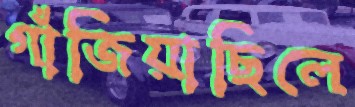
গাঁজিয়াছিলে